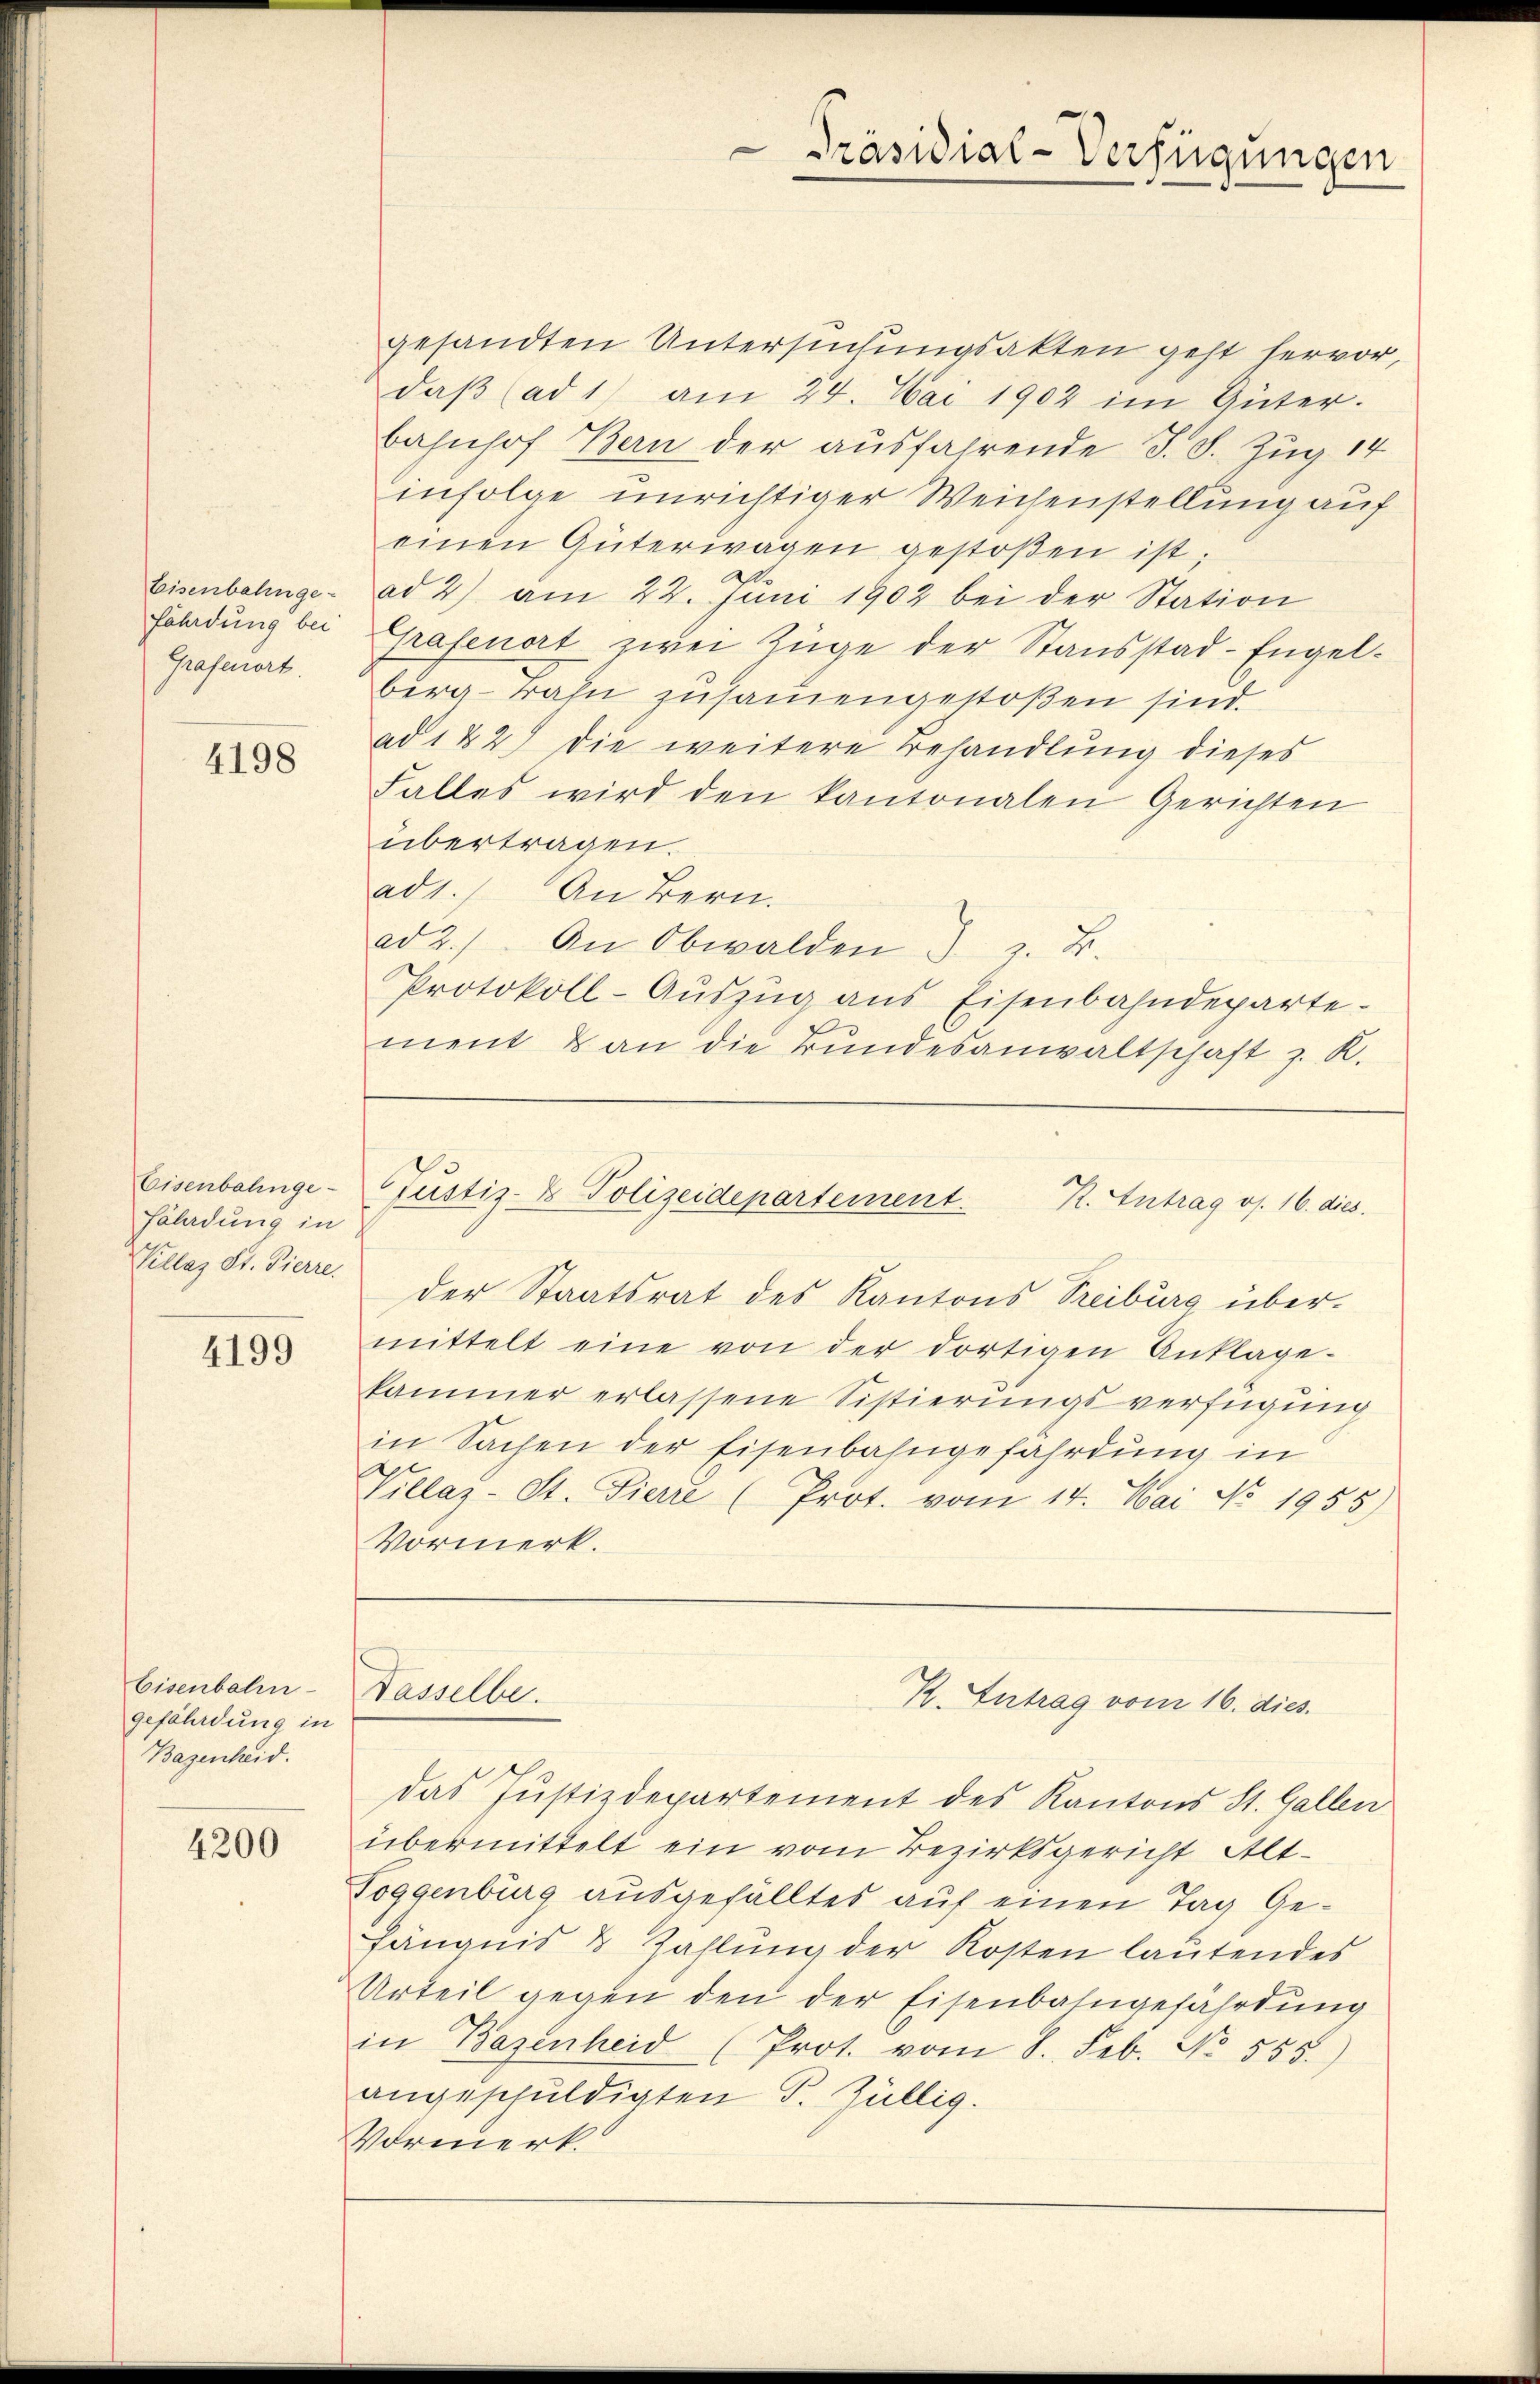
Eisenbahnge-
fährdung bei
Grafenort

4198

Eisenbahnge¬
Faladung in
Killaz St. Pierre.

4199

Eisenbahn-
gefährdung in
Bazenheid.

4200

Präsidial-Verfügungen

gesandten Untersuchungsakten geht hervor,
daβ (ad 1) am 24. Mai 1902 im Güter.
bahnhof Bern der ausfahrende J. S. Zug 14
infolge unrichtiger Weichenstellung auf
einen Güterwagen gestoβen ist;
ad 2) am 22. Juni 1902 bei der Station
Grafenort zwei Züge der Stausstad - Engelberg-Bahn zusammengestoßen sind.
ad 122) die weitere Behandlung dieses
Falles wird den kantonalen Gerichten
übertragen.
ad1.) An Bern.
ad 2.) An Obwalden z. B.
Protokoll-Aŭszŭg ans Eisenbahndeparte.
ment & an die Bundesanwaltschaft z. K.

Justiz- & Polizeidepartement. R. Antrag os. 16. dies

der Staatsrat des Kantons Treiburg übermittelt eine von der dortigen Anklage-
kammer erlassene Sistierŭngsverfügung
in Sachen der Eisenbahngefährdung in
Villaz-St. Pierre (Prot. vom 14. Mai No 1955)
Vormerk.
das Justizdepartement des Kantons St. Gallen
übermittelt ein vom Bezirksgericht Alt-
Toggenburg ausgefälltes auf einen Tag Gefängnis 8 Zahlung der Kosten lautendes
Urteil gegen den der Eisenbahngefährdung
in Bazenheid (Prot. vom 8. Feb. No. 555.
angeschuldigten P. Züllig.
Vormerk.

Dasselbe.

K. Antrag vom 16. dies